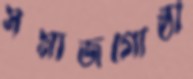
সমাজগোষ্ঠী